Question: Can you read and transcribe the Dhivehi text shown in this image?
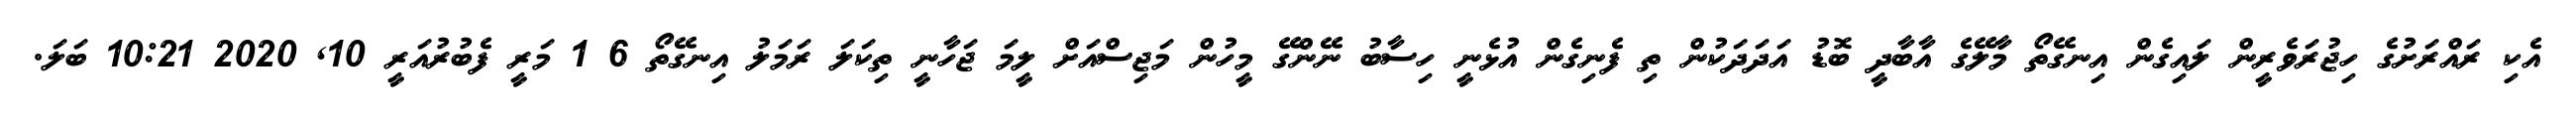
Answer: އެކި ރައްރަށުގެ ހިޖުރަވެރީން ލައިގެން އިނގޭތޯ މާލޭގެ އާބާދީ ބޮޑު އަދަދަކުން ތި ފެނިގެން އުޅެނީ ހިސާބު ނޭންގޭ މީހުން މަޖިސްއަށް ލީމަ ޖަހާނީ ތިކަލަ ރަމަލު އިނގޭތޯ 6 1 މަރީ ފެބުރުއަރީ 10, 2020 10:21 ބަލަ.